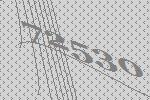
72530